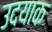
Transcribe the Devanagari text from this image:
उदयाक